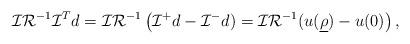
LaTeX: \begin{align*}\mathcal I\mathcal R^{-1}\mathcal I^T d=\mathcal I\mathcal R^{-1}\left(\mathcal I^+ d-\mathcal I^- d)=\mathcal I\mathcal R^{-1}(u(\underline{\rho})-u(0)\right),\end{align*}